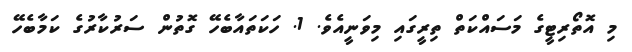
މި އޮތޯރިޓީގެ މަސައްކަތް ތިރީގައި މިވަނީއެވެ. 1. ހަކަތައާބެހޭ ގޮތުން ސަރުކާރުގެ ކަމާބެހޭ